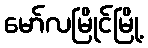
မော်လမြိုင်မြို့